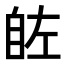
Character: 𮍗